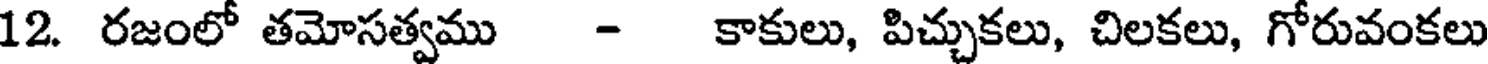
12. రజంలో తమోసత్వము - కాకులు, పిచ్చుకలు, చిలకలు, గోరువంకలు